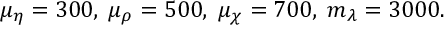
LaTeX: \mu _ { \eta } = 3 0 0 , \; \mu _ { \rho } = 5 0 0 , \; \mu _ { \chi } = 7 0 0 , \; m _ { \lambda } = 3 0 0 0 .